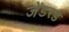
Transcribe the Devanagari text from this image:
जेंडरड